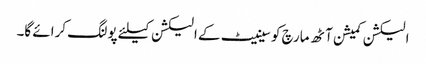
الیکشن کمیشن آٹھ مارچ کو سینیٹ کے الیکشن کیلئے پولنگ کرائے گا۔